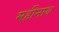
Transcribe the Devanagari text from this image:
महीनाथ